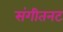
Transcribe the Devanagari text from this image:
संगीतनट